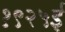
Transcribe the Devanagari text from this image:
१९२५ई